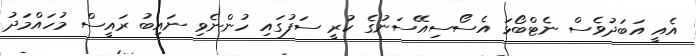
އެއީ އަބަދުވެސް ނެޓްބޯޅަ އެސޯސިއޭސަނުގެ ކުރީ ސަފުގައި ހުންނެވި ނައިބު ރައީސް މުހައްމަދު